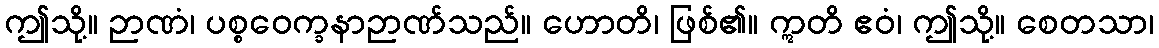
ဤသို့။ ဉာဏံ၊ ပစ္စဝေက္ခနာဉာဏ်သည်။ ဟောတိ၊ ဖြစ်၏။ ဣတိ ဧဝံ၊ ဤသို့။ စေတသာ၊